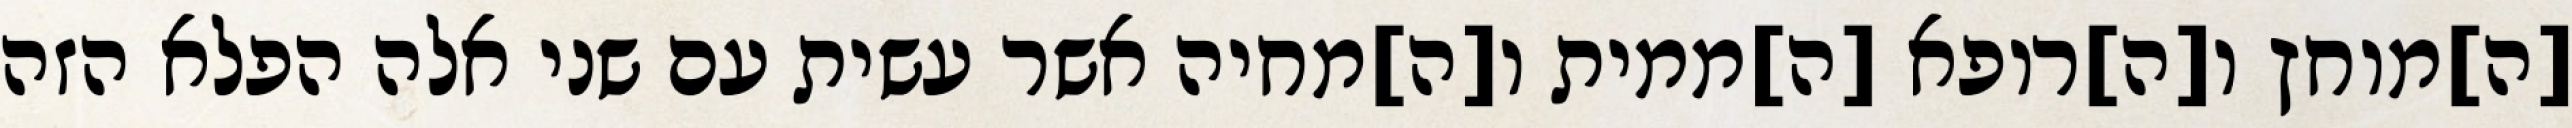
[ה]מוחץ ו[ה]רופא [ה]ממית ו[ה]מחיה אשר עשית עם שני אלה הפלא הזה